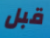
قبل